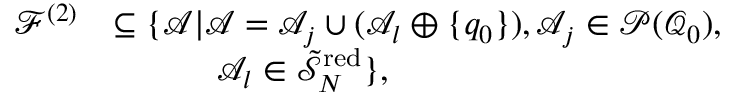
\begin{array} { r l } { \mathcal { F } ^ { ( 2 ) } } & { \subseteq \{ \mathcal { A } \vert \mathcal { A } = \mathcal { A } _ { j } \cup ( \mathcal { A } _ { l } \oplus \{ q _ { 0 } \} ) , \mathcal { A } _ { j } \in \mathcal { P } ( \mathcal { Q } _ { 0 } ) , } \\ & { \quad \quad \quad \mathcal { A } _ { l } \in \tilde { \mathcal { S } } _ { N } ^ { \mathrm { r e d } } \} , } \end{array}